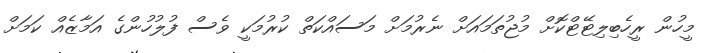
މީހުން ރީހެބިލިޓޭޓްކޮށް މުޖުތަމައަށް ނެރުމަށް މަސައްކަތް ކުރުމަކީ ވެސް ފުލުހުންގެ އަމާޒެއް ކަމަށް